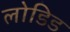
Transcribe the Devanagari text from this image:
लोडिड